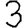
Digit: 3